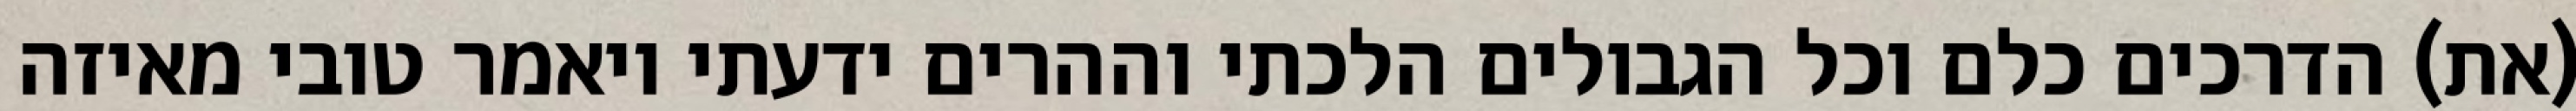
(את) הדרכים כלם וכל הגבולים הלכתי וההרים ידעתי ויאמר טובי מאיזה